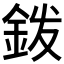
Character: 𰼦